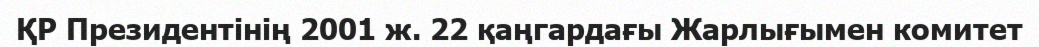
ҚР Президентінің 2001 ж. 22 қаңгардағы Жарлығымен комитет